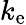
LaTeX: k_{\mathrm{e}}